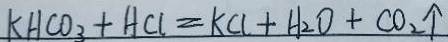
k H C O _ { 3 } + A C l = k C l + H _ { 2 } O + C O _ { 2 } \uparrow